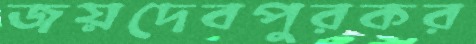
জয়দেবপুরকর